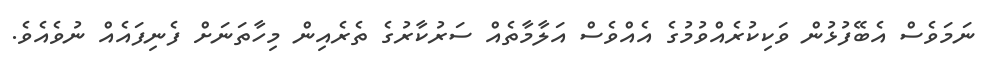
ނަމަވެސް އެބޭފުޅުން ވަކިކުރެއްވުމުގެ އެއްވެސް އަލާމާތެއް ސަރުކާރުގެ ތެރެއިން މިހާތަނަށް ފެނިފައެއް ނުވެއެވެ.